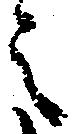
之